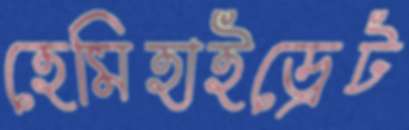
হেমিহাইড্রেট